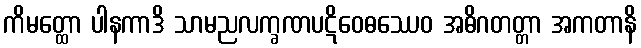
ကိမတ္ထော ပါနကာဒိ သာမညလက္ခဏပဋိဝေဓဿေဝ အဓိဂတတ္တာ အကတာနိ